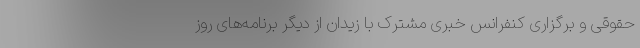
حقوقی و برگزاری کنفرانس خبری مشترک با زیدان از دیگر برنامه‌های روز